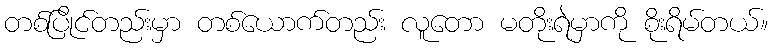
တစ်ပြိုင်တည်းမှာ တစ်ယောက်တည်း လူတော မတိုးရဲမှာကို စိုးရိမ်တယ်။